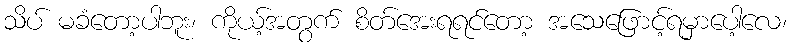
သိပ် မခံတော့ပါဘူး၊ ကိုယ့်အတွက် စိတ်အေးရရင်တော့ အသေဖြောင့်ရမှာပေါ့လေ၊